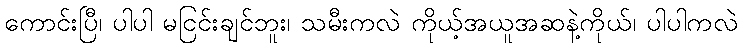
ကောင်းပြီ၊ ပါပါ မငြင်းချင်ဘူး၊ သမီးကလဲ ကိုယ့်အယူအဆနဲ့ကိုယ်၊ ပါပါကလဲ